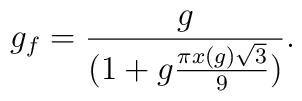
g_f = {g \over (1 +g {\pi x(g) \sqrt{3} \over 9})}.